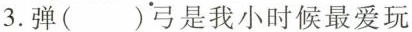
3.弹( )弓是我小时候最爱玩